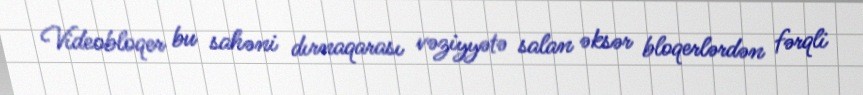
Videobloqer bu sahəni dırnaqarası vəziyyətə salan əksər bloqerlərdən fərqli